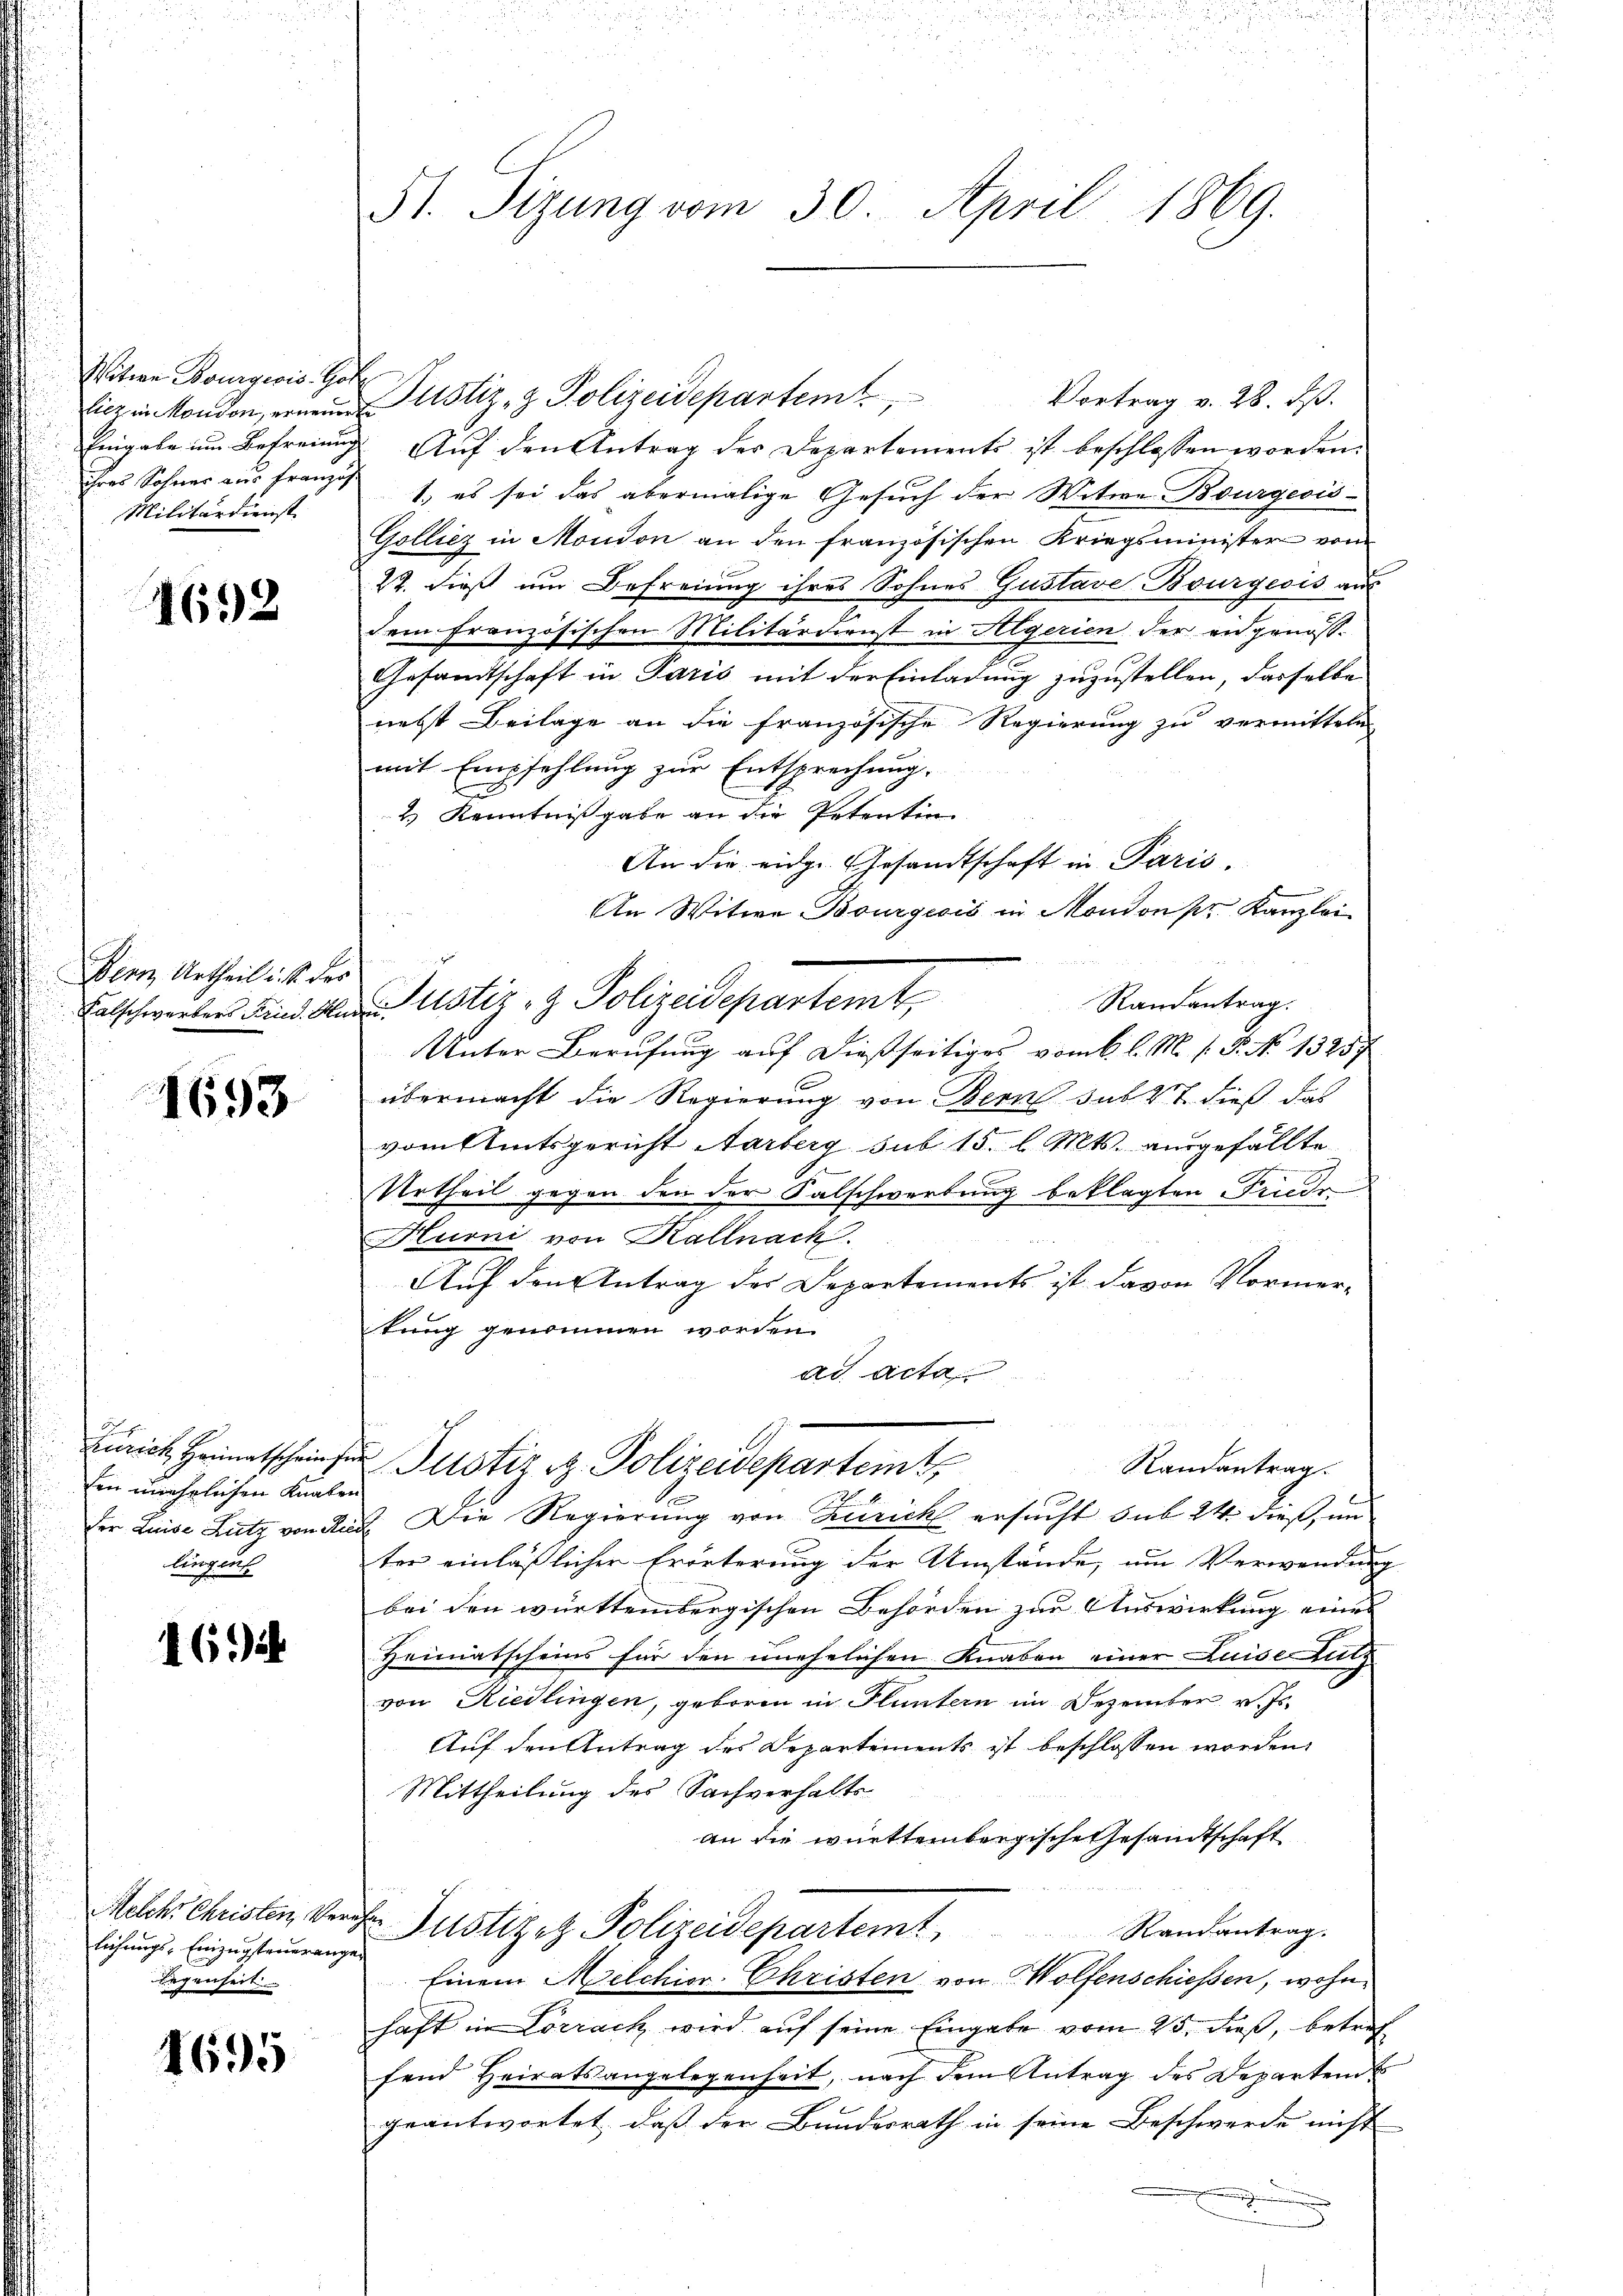
Witwe Bourgeois Hol
litz in Moudon, erneuert
Eingabe um Befreiung
ihres Sohnes aus Franzis
Militärdienst

4692

Bern, Urtheil i. S. des
Falschwerkers Fried. Hur

1693

zurich Heimatschriefer
den unehelichen Knaben
der Luise Lutz von Rie
lingung

16 Jah

Melche Christen, Verg
lichungs-Einzugsteuerunge
legenheit

4695

51. Sizung vom 30. April 1869.

Justiz- & Polizeidepartemt
Vortrag v. 28. ds.
Auf den Antrag der Departements ist beschlossen worden.
1.) es sei das abermalige Gesuch der Witwe Bourgeois-
Gollicz in Mondon an den französischen Kriegsminister vom
22. dieß um Befreiung ihres Sohnes Gustave-Bourgeois aus
dem französischen Militärdienst in Algerien der eidgenös-
Gesandtschaft in Paris mit der Einladung zuzustellen, dasselbe
nebst Beilage an die französische Regierung zu vermitteln
mit Empfehlung zur Entsprechung.
2.) Kenntnißgabe an die Petentin
An die eidg. Gesandtschaft in Paris.
An Witwe Bourgicis in Mondon pr. Kanzlei
Justiz- & Polizeidepartemt,
Randantrag.
Unter Berufung auf dießseitiges vom 6. l. M. s. S. No. 13257
übermacht die Regierung von Bern sub 2t dieß das
vom Amtsgericht Aarberg sub 15. l. Mts. ausgefällte
Urtheil gegen den der Salschwerbung beklagten Friedr
Hurni von Kallnach
e
Auf den Antrag der Departements ist davon Normerkung genommen worden.
ad acta
Bustiz & Polizeidepartemt,
Randantrag.
Der Regierung von Zürich ersucht sub 24. dieß, un
ter einläßlicher Erörterung der Umstände, um Verwendung
bei den württembergischen Behörden zur Auswirkung eines
Heimatscheins für den unehelichen Knaben einer Luise Nutz
von Riedlingen, geboren in Fluntern im Dezember v. Js.
Auf den Antrag des Departements ist beschlossen worden.
Mittheilung des Sachverhalts-
an die württembergische Gesandtschaft
 Justizez Polizeidepartemt. Randantrag.
Einem Melchior Christen von Wolfenschiessen, wohnhaft in Lörrack wird auf seine Eingabe vom 25. dieß, betref
fend Heiratsangelegenheit, nach dem Antrag des Departens
geantwortet, daß der Bundesrath in seine Beschwerde nicht